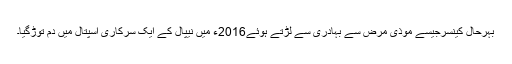
بہرحال کینسرجیسے موذی مرض سے بہادری سے لڑتے ہوئے2016ء میں نیپال کے ایک سرکاری اسپتال میں دم توڑگیا۔